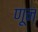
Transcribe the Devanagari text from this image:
णून